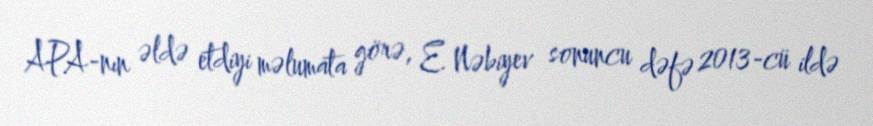
APA-nın əldə etdiyi məlumata görə, E. Nəbiyev sonuncu dəfə 2013-cü ildə